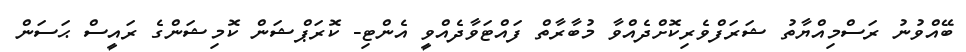
ބޭއްވުނު ރަސްމިއްޔާތު ޝަރަފްވެރިކޮށްދެއްވާ މުބާރާތް ފައްޓަވާދެއްވީ އެންޓި- ކޮރަޕްޝަން ކޮމިޝަންގެ ރައީސް ޙަސަން